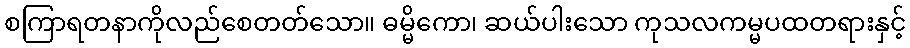
စကြာရတနာကိုလည်စေတတ်သော။ ဓမ္မိကော၊ ဆယ်ပါးသော ကုသလကမ္မပထတရားနှင့်